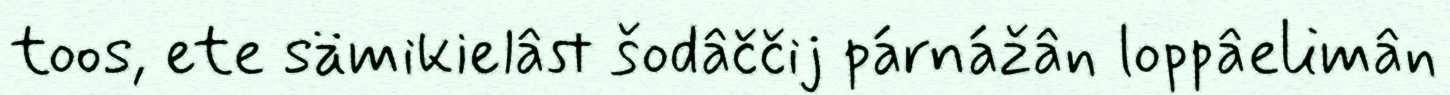
toos, ete sämikielâst šodâččij párnážân loppâelimân